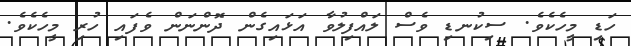
ހަޑި މީހެކެވެ. ސިކުނޑި ވެސް ލައްފިލުވާ އަޅައިގެން ދޮންނަން ވެފައި ހުރި މީހެކެވެ.